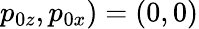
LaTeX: p_{0z},p_{0x})=(0,0)